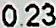
0.23